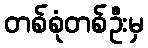
တစ်စုံတစ်ဦးမှ